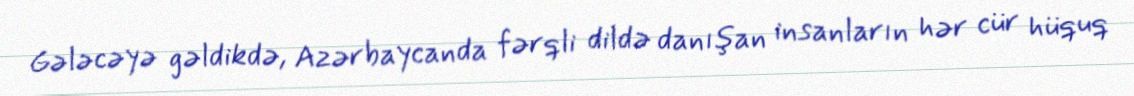
Gələcəyə gəldikdə, Azərbaycanda fərqli dildə danışan insanların hər cür hüquq